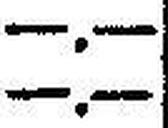
—.—